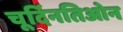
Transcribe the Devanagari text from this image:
चूर्दिनतिओन